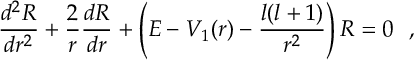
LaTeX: \frac { d ^ { 2 } R } { d r ^ { 2 } } + \frac { 2 } { r } \frac { d R } { d r } + \left( E - V _ { 1 } ( r ) - \frac { l ( l + 1 ) } { r ^ { 2 } } \right) R = 0 ~ ~ ,